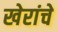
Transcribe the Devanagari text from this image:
खेरांचे